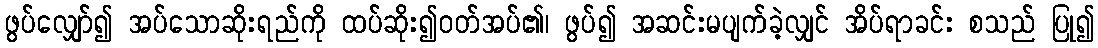
ဖွပ်လျှော်၍ အပ်သောဆိုးရည်ကို ထပ်ဆိုး၍ဝတ်အပ်၏၊ ဖွပ်၍ အဆင်းမပျက်ခဲ့လျှင် အိပ်ရာခင်း စသည် ပြု၍